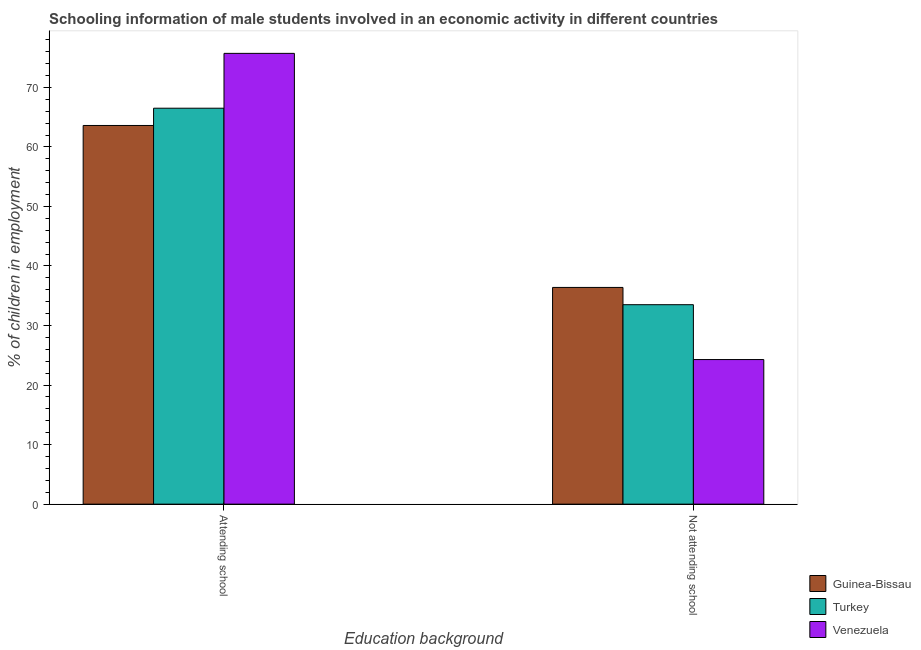
| Education background | Guinea-Bissau | Turkey | Venezuela |
 | --- | --- | --- | --- |
 | Attending school | 63.6 | 66.5 | 75.7 |
 | Not attending school | 36.4 | 33.5 | 24.3 |